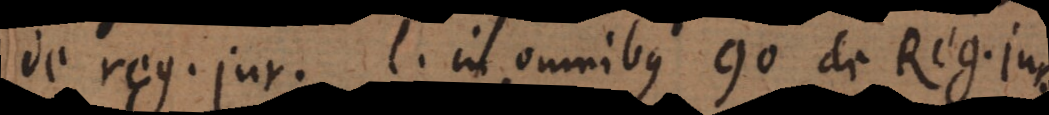
de Reg. jur. l. in omnibus 90 de Reg. jur.